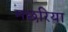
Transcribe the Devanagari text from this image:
मछरिया